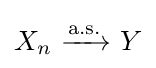
X_{n}\ {\xrightarrow {\overset {}{\text{a.s.}}}}\ Y